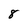
Character: 8